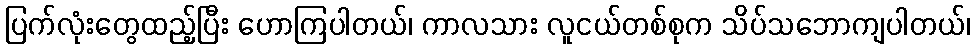
ပြက်လုံးတွေထည့်ပြီး ဟောကြပါတယ်၊ ကာလသား လူငယ်တစ်စုက သိပ်သဘောကျပါတယ်၊